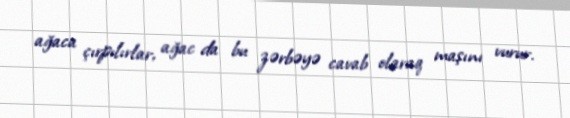
ağaca çırpılırlar, ağac da bu zərbəyə cavab olaraq maşını vurur.